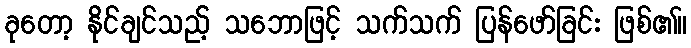
ခုတော့ နိုင်ချင်သည့် သဘောဖြင့် သက်သက် ပြန်ဖော်ခြင်း ဖြစ်၏။